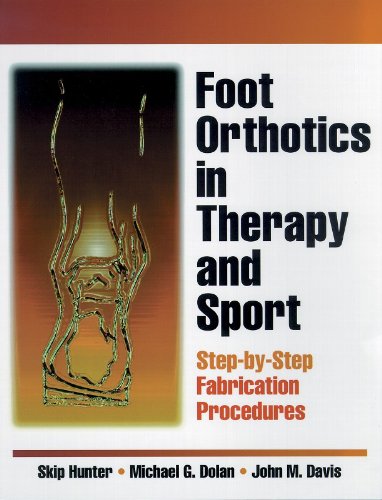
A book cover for Foot Orthotics in Therapy and Sport; Skip Hunter; Medical Books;